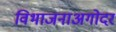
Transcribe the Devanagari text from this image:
विभाजनाअगोदर